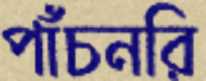
পাঁচনরি